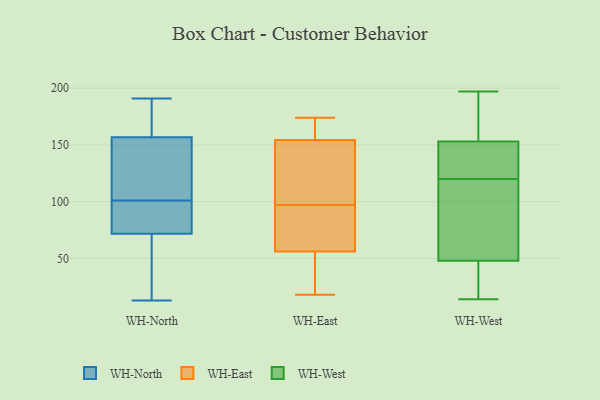
{"axis": {"x": "Temperature (°C)", "y": "Value"}, "legend": ["WH-East", "WH-North", "WH-West"], "data": [{"x": "", "y": 151, "type": "WH-North"}, {"x": "", "y": 191, "type": "WH-North"}, {"x": "", "y": 174, "type": "WH-North"}, {"x": "", "y": 146, "type": "WH-North"}, {"x": "", "y": 101, "type": "WH-North"}, {"x": "", "y": 176, "type": "WH-North"}, {"x": "", "y": 20, "type": "WH-North"}, {"x": "", "y": 65, "type": "WH-North"}, {"x": "", "y": 82, "type": "WH-North"}, {"x": "", "y": 128, "type": "WH-North"}, {"x": "", "y": 84, "type": "WH-North"}, {"x": "", "y": 13, "type": "WH-North"}, {"x": "", "y": 61, "type": "WH-North"}, {"x": "", "y": 94, "type": "WH-North"}, {"x": "", "y": 174, "type": "WH-North"}, {"x": "", "y": 148, "type": "WH-North"}, {"x": "", "y": 74, "type": "WH-North"}, {"x": "", "y": 151, "type": "WH-East"}, {"x": "", "y": 97, "type": "WH-East"}, {"x": "", "y": 92, "type": "WH-East"}, {"x": "", "y": 174, "type": "WH-East"}, {"x": "", "y": 32, "type": "WH-East"}, {"x": "", "y": 18, "type": "WH-East"}, {"x": "", "y": 53, "type": "WH-East"}, {"x": "", "y": 110, "type": "WH-East"}, {"x": "", "y": 164, "type": "WH-East"}, {"x": "", "y": 57, "type": "WH-East"}, {"x": "", "y": 140, "type": "WH-East"}, {"x": "", "y": 72, "type": "WH-East"}, {"x": "", "y": 174, "type": "WH-East"}, {"x": "", "y": 129, "type": "WH-West"}, {"x": "", "y": 139, "type": "WH-West"}, {"x": "", "y": 122, "type": "WH-West"}, {"x": "", "y": 27, "type": "WH-West"}, {"x": "", "y": 153, "type": "WH-West"}, {"x": "", "y": 48, "type": "WH-West"}, {"x": "", "y": 197, "type": "WH-West"}, {"x": "", "y": 67, "type": "WH-West"}, {"x": "", "y": 158, "type": "WH-West"}, {"x": "", "y": 184, "type": "WH-West"}, {"x": "", "y": 73, "type": "WH-West"}, {"x": "", "y": 14, "type": "WH-West"}, {"x": "", "y": 74, "type": "WH-West"}, {"x": "", "y": 173, "type": "WH-West"}, {"x": "", "y": 145, "type": "WH-West"}, {"x": "", "y": 16, "type": "WH-West"}, {"x": "", "y": 118, "type": "WH-West"}, {"x": "", "y": 27, "type": "WH-West"}]}